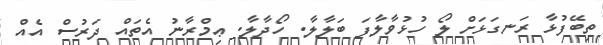
ތިބޭފުޅާ ރަނގަޅަށް ލޯ ހުޅުވާލާފަ ބަލާލާ. ހޯދާލާ. ޢިމްރާނު އެތައް ދަރުސް އެއް